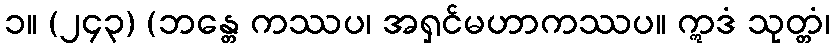
၁။ (၂၄၃) (ဘန္တေ ကဿပ၊ အရှင်မဟာကဿပ။ ဣဒံ သုတ္တံ၊